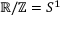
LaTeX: \mathbb { R } / \mathbb { Z } = S ^ { 1 }